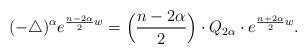
\begin{align*}(-\triangle)^{\alpha}e^{\frac{n-2\alpha}{2}w}=\Big(\frac{n-2\alpha}{2}\Big)\cdot Q_{2\alpha}\cdot e^{\frac{n+2\alpha}{2}w}.\end{align*}